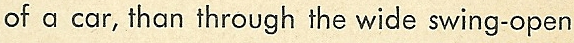
of a car,than through the wide swing-open